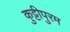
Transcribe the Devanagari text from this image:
कुट्टीपुरम